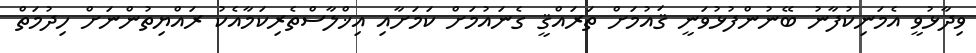
ވިދާޅުވީ އެމަނިކުފާނު ބޭނުންފުޅުވަނީ ޤައުމަށް ތަރައްޤީ ގެނައުމަށް ކަމަށާއި އިޚްލާސްތެރިކަމާއެކު ރައްޔިތުންނަށް ހިދުމަތް